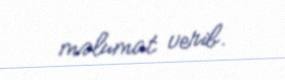
məlumat verib.